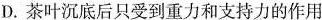
D.茶叶沉底后只受到重力和支持力的作用